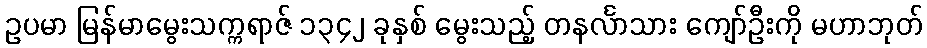
ဥပမာ မြန်မာမွေးသက္ကရာဇ် ၁၃၄၂ ခုနှစ် မွေးသည့် တနင်္လာသား ကျော်ဦးကို မဟာဘုတ်